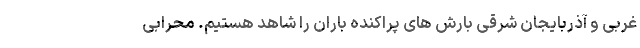
غربی و آذربایجان شرقی بارش های پراکنده باران را شاهد هستیم. محرابی